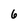
Character: 6